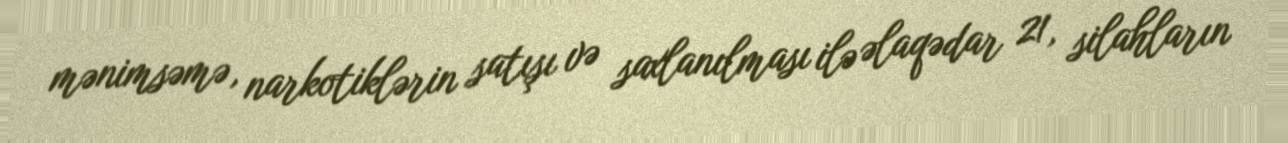
mənimsəmə, narkotiklərin satışı və saxlanılması ilə əlaqədar 21, silahların